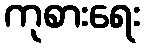
ကုစားရေး